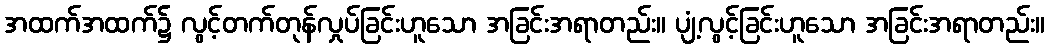
အထက်အထက်၌ လွင့်တက်တုန်လှုပ်ခြင်းဟူသော အခြင်းအရာတည်း။ ပျံ့လွင့်ခြင်းဟူသော အခြင်းအရာတည်း။